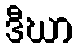
ဒီဃာ